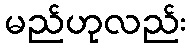
မည်ဟုလည်း